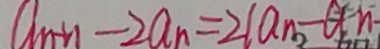
a _ { n + 1 } - 2 a _ { n } = 2 ( a _ { n } - a n